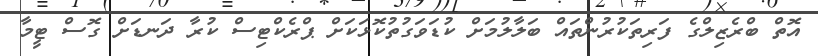
އޮތް ބްރެޒިލްގެ ފަރިތަކުރުންތައް ބަލާލުމަށް ކުޑަވަގުތުކޮޅަކަށް ޕްރެކްޓިސް ކުރާ ދަނޑަށް ގޮސް ޓީމާ